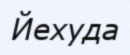
Йехуда